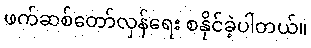
ဖက်ဆစ်တော်လှန်ရေး စနိုင်ခဲ့ပါတယ်။